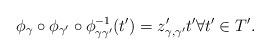
LaTeX: \begin{align*}\phi_\gamma \circ \phi_{\gamma'} \circ \phi^{-1}_{\gamma \gamma'} (t') =z'_{\gamma,\gamma'} t' \forall t' \in T' .\end{align*}